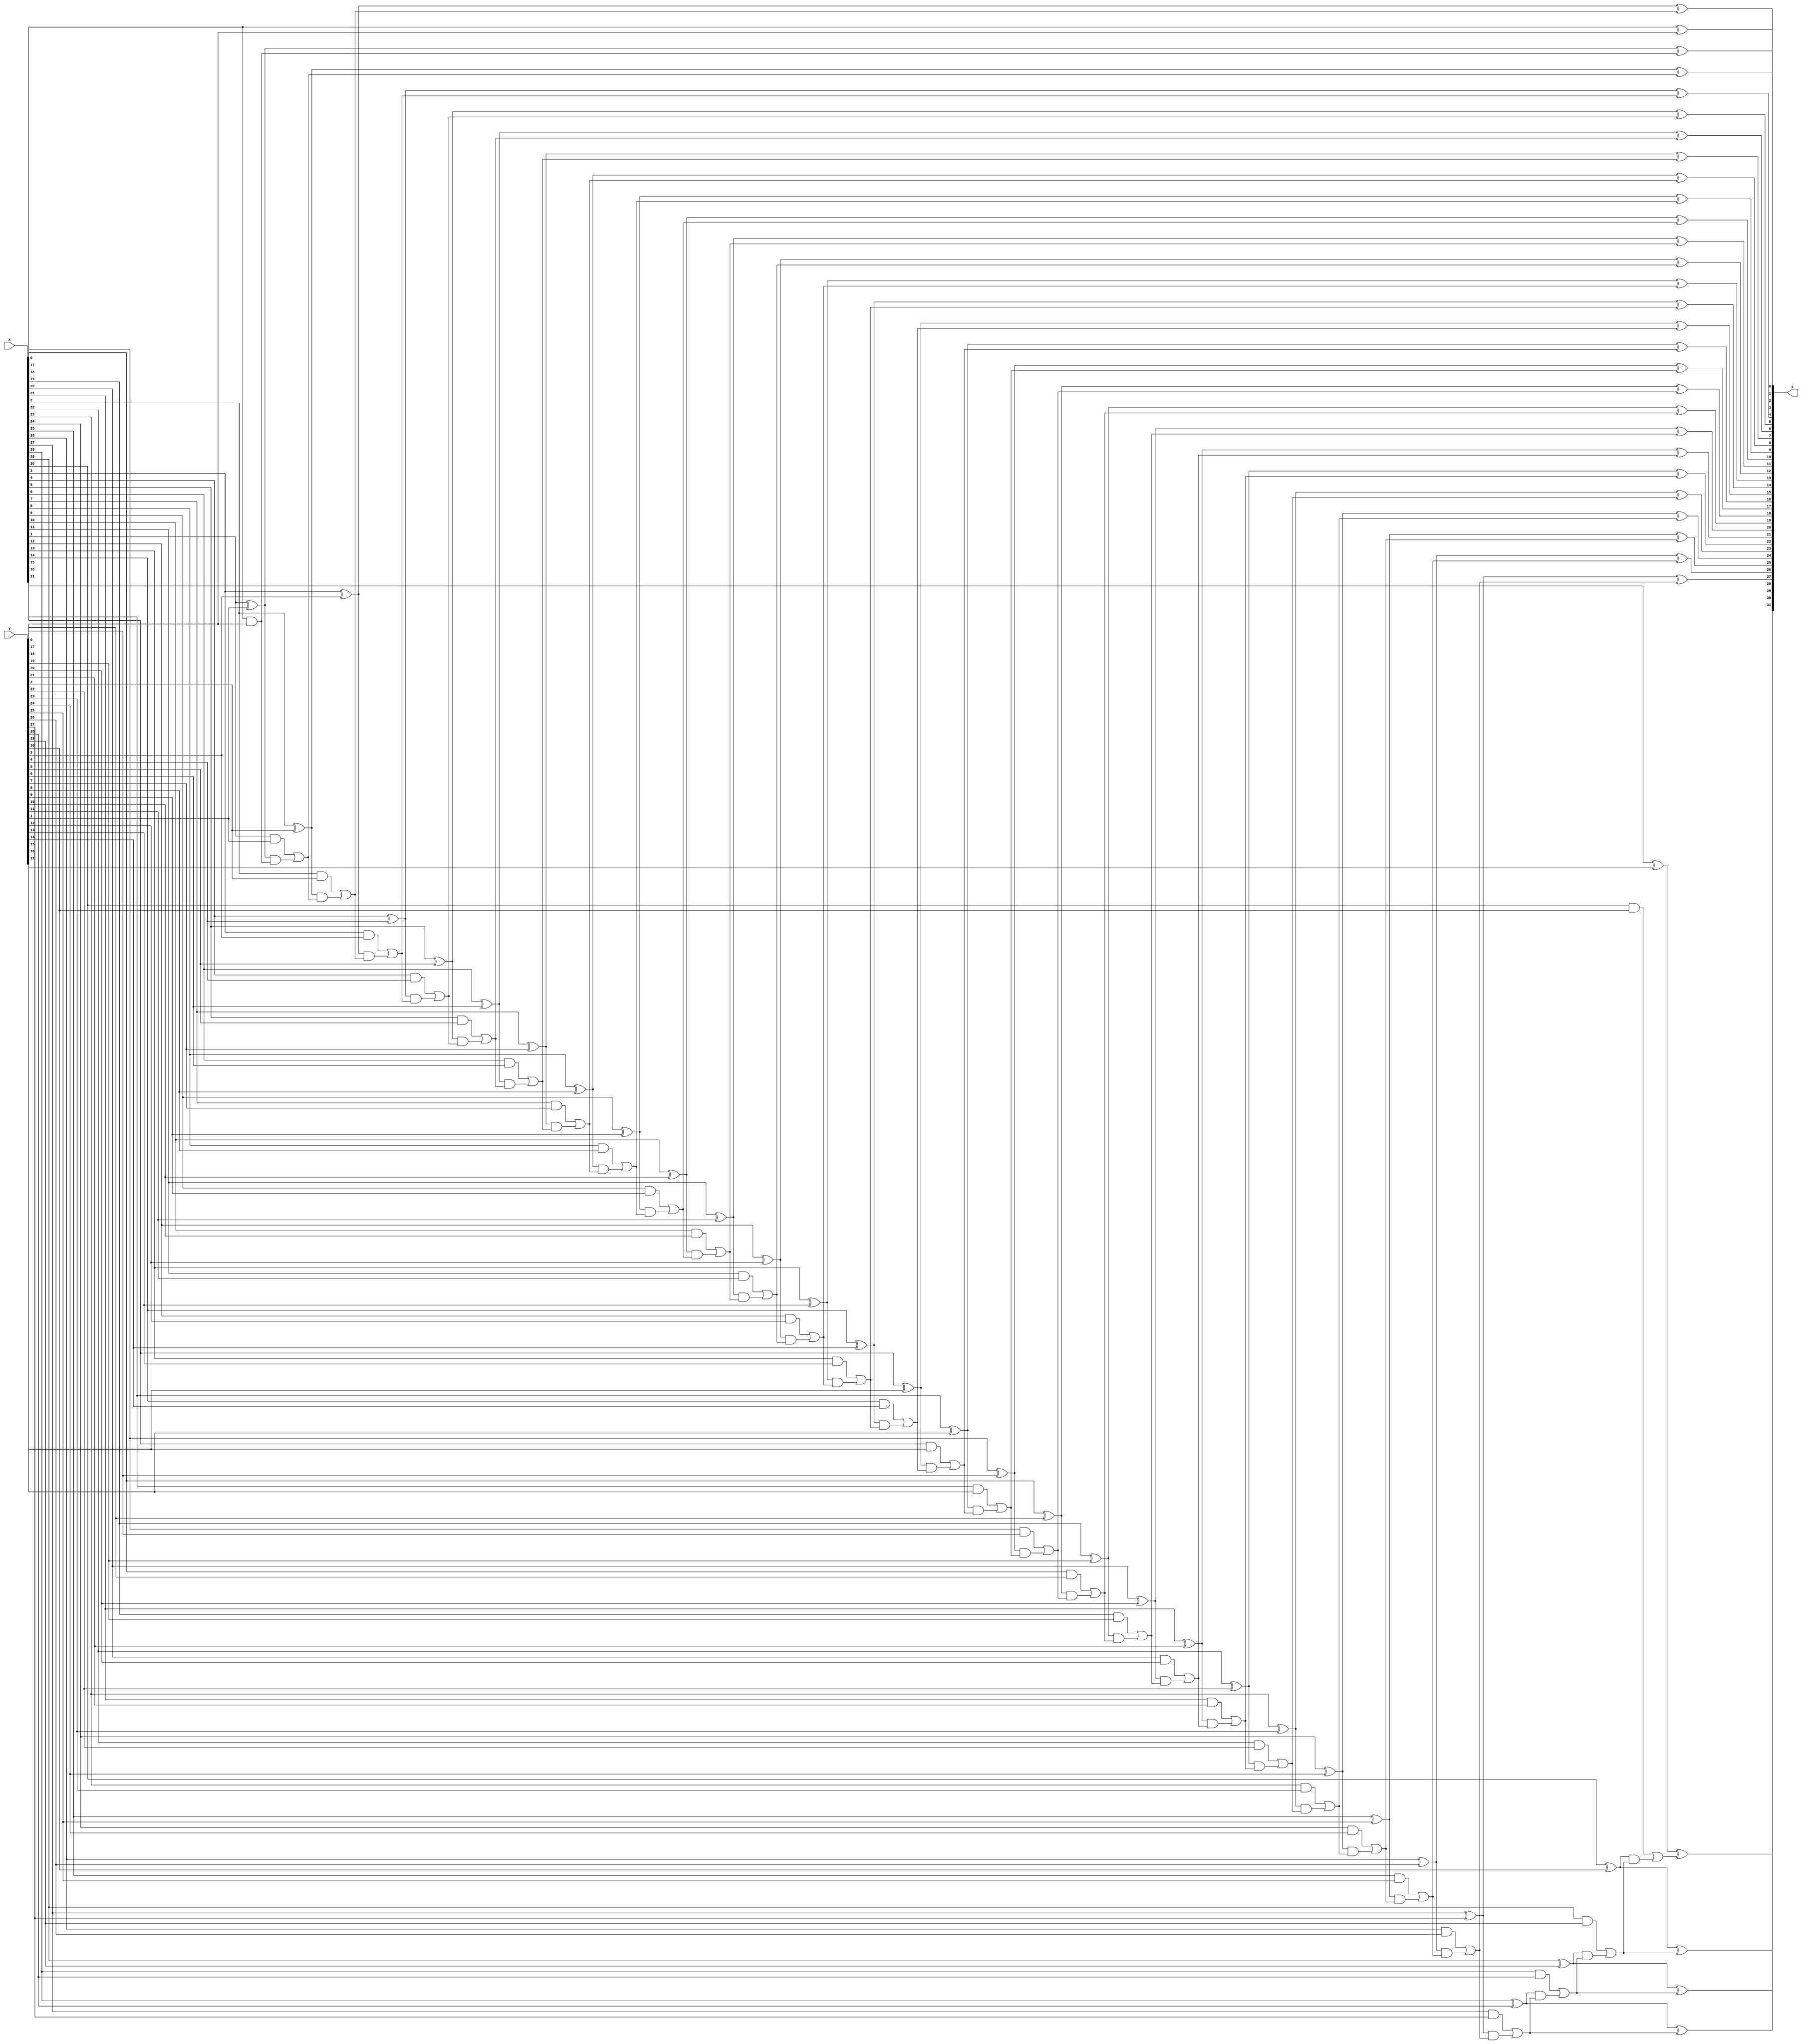
`timescale 1ns / 1ps

module Thirty_Two_Bit_Full_Adder_for(x,y,s);

input [31:0] x, y;
output [31:0] s;
wire [32:0] c; 

assign c[0] = 32'b0000_0000_0000_0000_0000_0000_0000_0000;

genvar i;
for (i = 0; i < 32; i = i + 1)
begin 	
	assign c[i+1] = (x[i] & y[i]) | ((x[i] ^ y[i]) & c[i]);
	assign s[i] = x[i] ^ y[i] ^ c[i];
end

endmodule